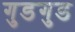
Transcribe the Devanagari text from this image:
गुडगुड